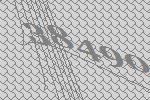
38490